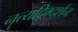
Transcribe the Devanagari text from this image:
नॄत्यदिग्दर्शन